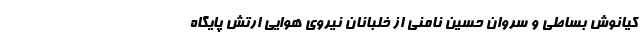
کیانوش بساطی و سروان حسین نامنی از خلبانان نیروی هوایی ارتش پایگاه